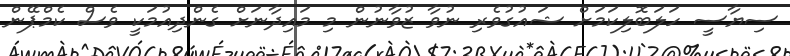
ސިޔާސީ ހަލަބޮލިކަމަށް ޝައުގުވެރި ނުވާ ޒުވާނުން މި މައިދާނަށް ގެންދިއުމަކީ ވެސް ކެމްޕޭން